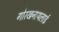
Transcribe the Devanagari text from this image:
गोरखनाथलाई